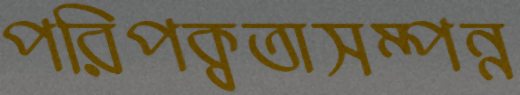
পরিপক্বতাসম্পন্ন